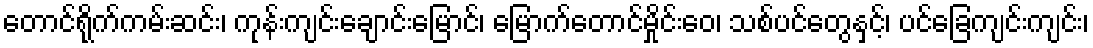
တောင်ရိုက်ကမ်းဆင်း၊ ကုန်းကျင်းချောင်းမြောင်၊ မြောက်တောင်မှိုင်းဝေ၊ သစ်ပင်တွေနှင့်၊ ပင်ခြေကျင်းကျင်း၊